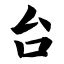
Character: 台